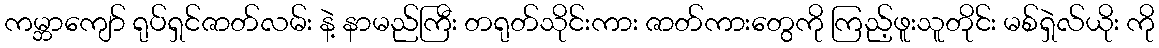
ကမ္ဘာကျော် ရုပ်ရှင်ဇာတ်လမ်း နဲ့ နာမည်ကြီး တရုတ်သိုင်းကား ဇာတ်ကားတွေကို ကြည့်ဖူးသူတိုင်း မစ်ရှဲလ်ယိုး ကို